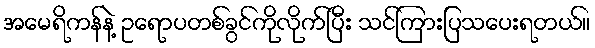
အမေရိကန်နဲ့ ဥရောပတစ်ခွင်ကိုလိုက်ပြီး သင်ကြားပြသပေးရတယ်။